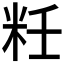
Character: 𰪯